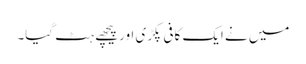
میں نے ایک کافی پکڑی اور پیچھے ہٹ گیا۔